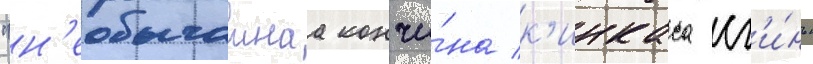
"н'еобычаинаа кончи́на к'инкаса сг'и́нь